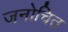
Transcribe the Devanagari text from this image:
जनोचित